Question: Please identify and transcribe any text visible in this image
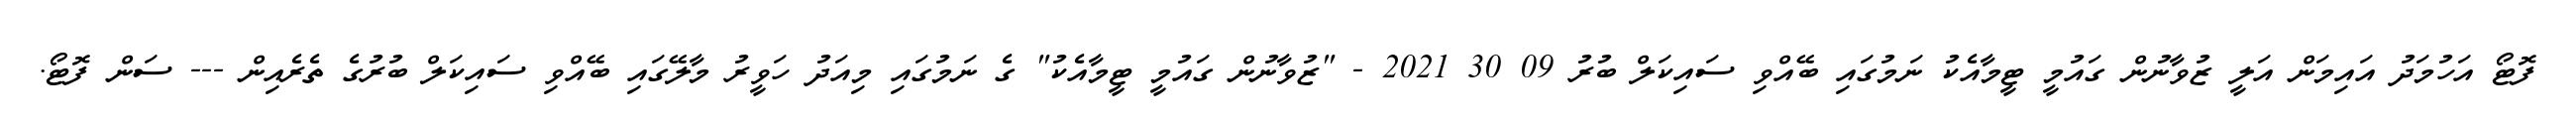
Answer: ފޮޓޯ އަހުމަދު އައިމަން އަލީ ޒުވާނުން ގައުމީ ޓީމާއެކު ނަމުގައި ބޭއްވި ސައިކަލް ބުރު 09 30 2021 - "ޒުވާނުން ގައުމީ ޓީމާއެކު" ގެ ނަމުގައި މިއަދު ހަވީރު މާލޭގައި ބޭއްވި ސައިކަލް ބުރުގެ ތެރެއިން --- ސަން ފޮޓޯ.